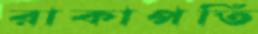
রাকাপতি